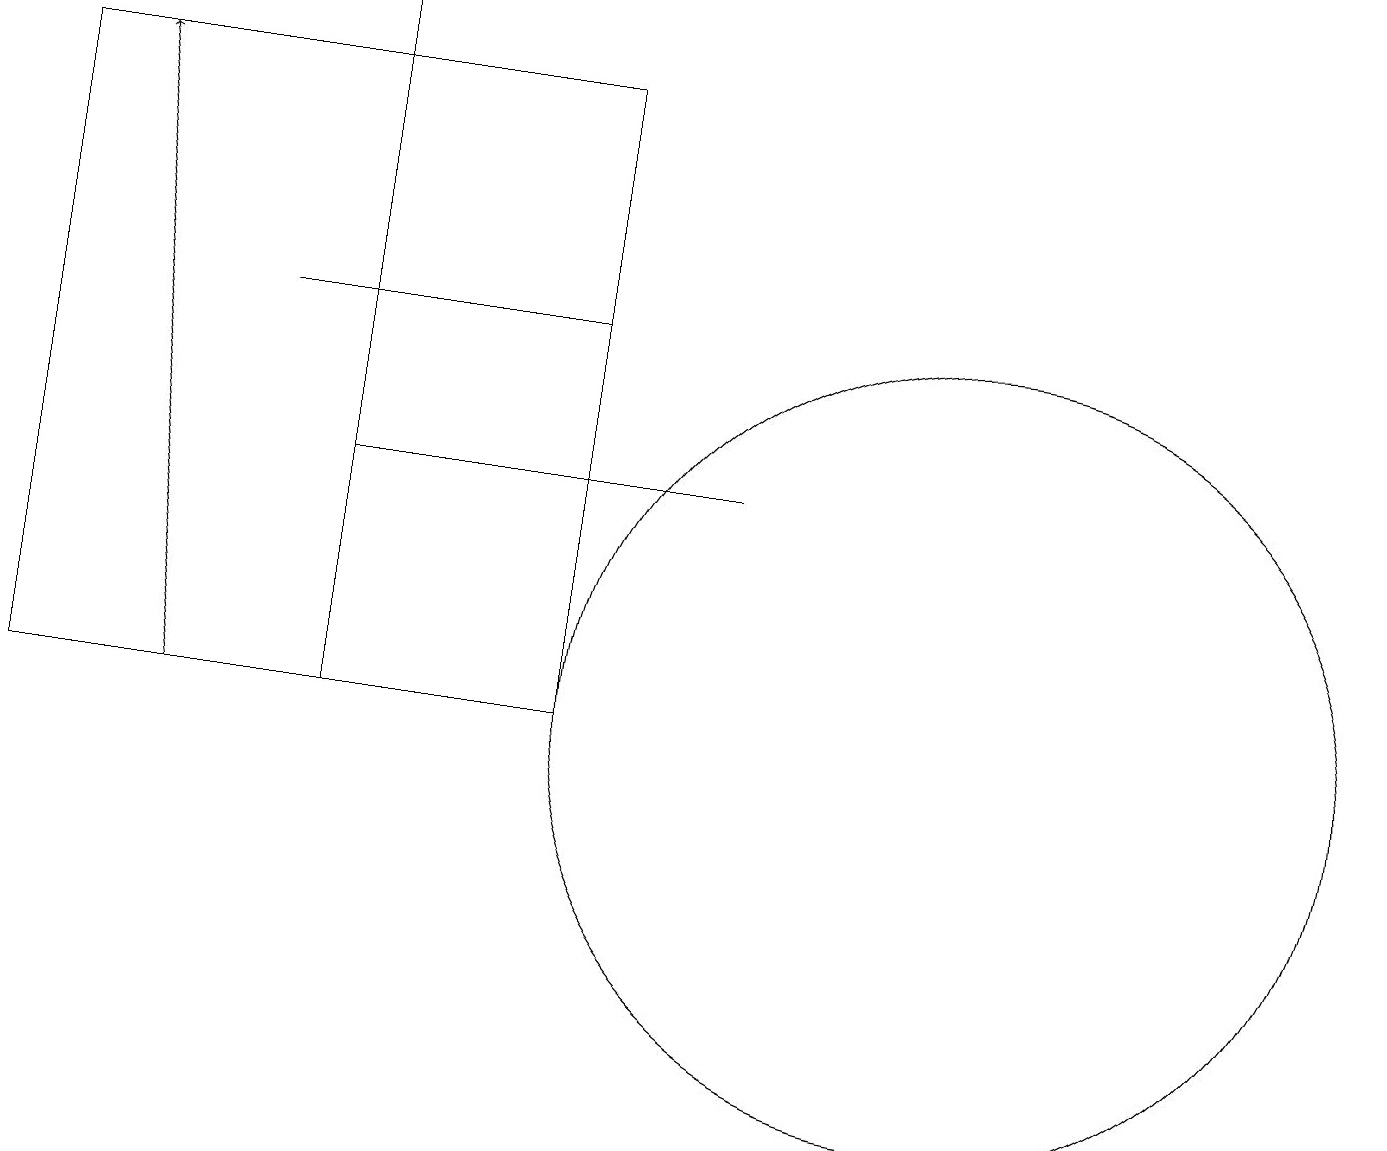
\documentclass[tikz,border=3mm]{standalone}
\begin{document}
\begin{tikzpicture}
\draw (7,18) rectangle (0,10);
\draw (12,10) circle (5);
\draw[->] (4,15) -- (4,19);
\draw (7,15) rectangle (3,15);
\draw (0,10) rectangle (4,18);
\draw[->] (2,10) -- (1,18);
\draw (4,13) rectangle (9,13);
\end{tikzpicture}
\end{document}